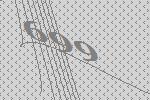
699